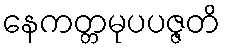
နေကတ္တမုပပဇ္ဇတိ